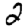
Digit: 2